Note on the mental hospitals in Burma - 1925-1940
Year: 1925
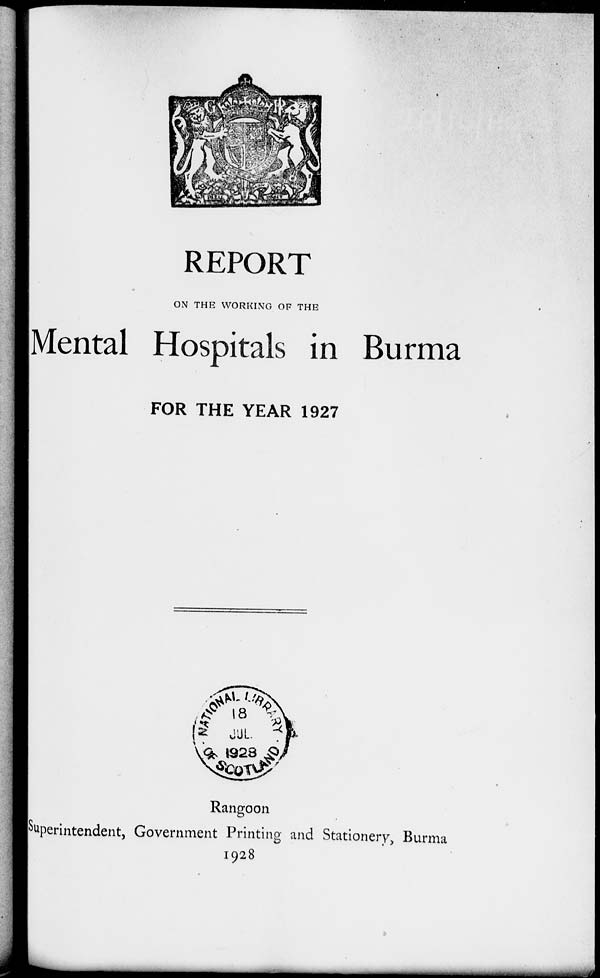
REPORT
ON THE WORKING OF THE
Mental Hospitals in Burma
FOR THE YEAR 1927
Rangoon
Superintendent, Government Printing and Stationery, Burma
1928